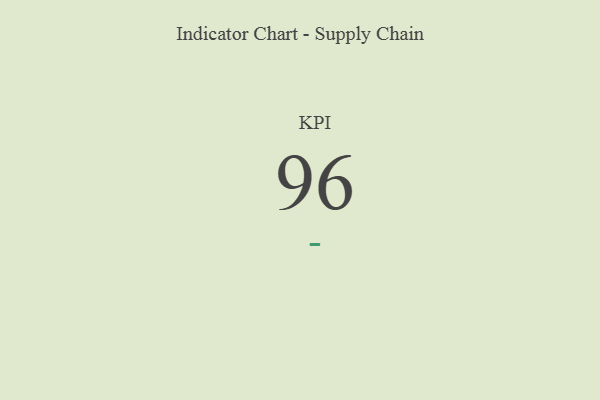
{"axis": {"x": "KPI", "y": "Value"}, "legend": [""], "data": [{"x": "KPI", "y": 96, "type": ""}]}